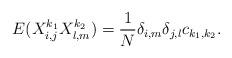
LaTeX: \begin{align*}E(X^{k_1}_{i,j} X^{k_2}_{l,m}) = \frac{1}{N} \delta_{i,m} \delta_{j,l} c_{k_1, k_2}.\end{align*}